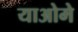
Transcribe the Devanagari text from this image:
याओमे